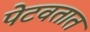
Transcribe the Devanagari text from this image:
पेटवतात